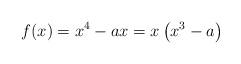
LaTeX: \begin{align*}f(x) = x^4 - ax = x\left(x^3-a\right)\end{align*}